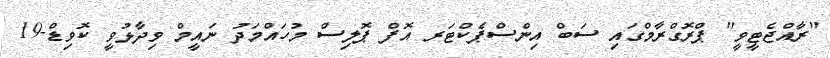
"ރާއްޖެޓީވީ" ޕްރޮގްރާމްގައި ސަބް އިންސްޕެކްޓަރ އޮފް ޕޮލިސް މުހައްމަދު ނައީމް ވިދާޅުވީ ކޮވިޑް-19